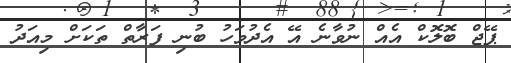
ޕޭޖް ބޮލޮކް އެއް ނުވާނެ އޭ އެދުވަހު ބުނި ފަރާތް ތަކަށް މިއަދު